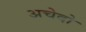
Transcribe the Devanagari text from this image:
अचेदो